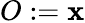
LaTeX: O:=\mathbf{x}